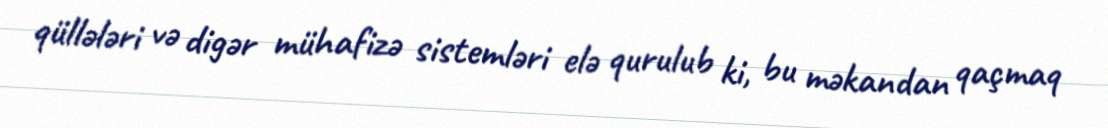
qüllələri və digər mühafizə sistemləri elə qurulub ki, bu məkandan qaçmaq